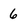
Character: 6